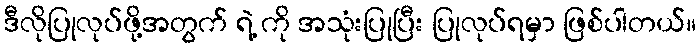
ဒီလိုပြုလုပ်ဖို့အတွက် ရဲ့ ကို အသုံးပြုပြီး ပြုလုပ်ရမှာ ဖြစ်ပါတယ်။